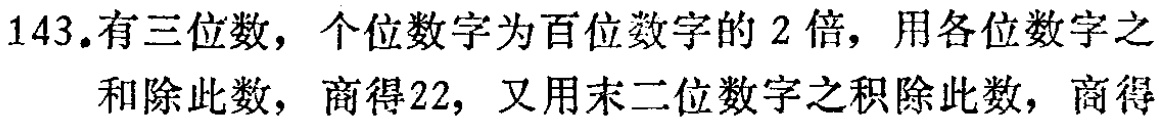
143.有三位数，个位数字为百位数字的 2 倍，用各位数字之和除此数，商得22，又用末二位数字之积除此数，商得